Notes on vaccination in the North-West Frontier Province 1923-1928 - 1923-1928
Year: 1923
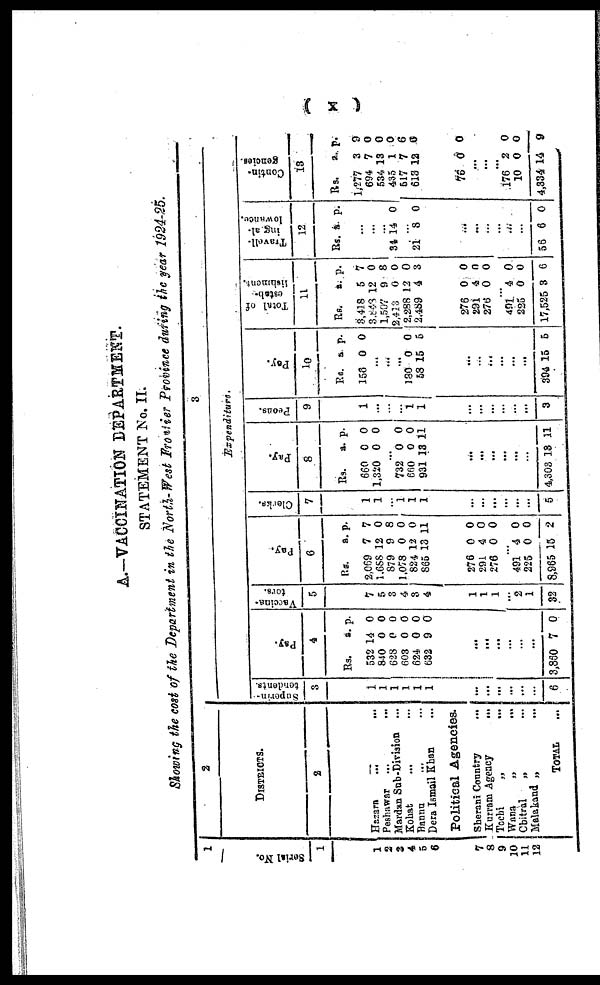
( x )
A.—VACCINATION DEPARTMENT.
STATEMENT No. II.
Showing the cost of the Department in the North-West Frontier Province during the year 1924-25.
1
Serial
No.
1
1
2
3
4
5
6
7
8
9
10
11
12
2
DISTRICTS.
2
Hazara
... ...
Peshawar ... ...
Mardan Sub-Division ...
Kohat ... ...
Bannu ... ...
Dera Ismail Khan ...
Political Agencies.
Sherani Country
...
Kurram Agency
...
Tochi
„ ...
Wana
„
...
Chitral
„ ...
Malakand „
...
TOTAL ...
3
Expenditure.
Superin¬
tendents.
3
1
1
1
1
1
1
...
...
...
...
...
...
6
Pay.
4
Rs.
532
840
628
603
624
632
a.
14
0
0
0
0
9
p.
0
0
0
0
0
0
...
...
...
...
...
...
3,860 7 0
Vaccina¬
tors.
5
7
5
3
4
3
4
1
1
1
...
2
1
32
Pay.
6
Rs.
2,069
1,688
879
1,078
824
865
a.
7
12
9
0
12
13
p.
7
0
8
0
0
11
276
291
276
0
4
0
0
0
0
...
491
225
8,965
4
0
15
0
0
2
Clerks.
7
1
1
...
1
1
1
...
...
...
...
...
...
5
Pay.
8
Rs.
660
1,320
a.
0
0
p.
0
0
...
732
660
931
0
0
13
0
0
11
...
...
...
...
...
...
4,303 13 11
Peons.
9
1
...
...
...
1
1
...
...
...
...
...
...
3
Pay.
10
Rs.
158
a.
0
p.
0
...
...
...
130
58
0
15
0
5
...
...
...
...
...
...
394 15 5
Total of
estab¬
lishment.
11
Rs.
3,418
3,843
1,507
2,413
2,288
2,489
a.
5
12
9
0
12
4
p.
7
0
8
0
0
3
276
291
276
0
4
0
0
0
0
...
491
225
17,525
4
0
3
0
0
6
Travell¬
ing al¬
lowance.
12
Rs. a. p.
...
...
...
34 14 0
...
21 8 0
...
...
...
...
...
...
56 6 0
Contin¬
gencies.
13
Rs.
1,277
694
534
435
517
613
a.
3
7
13
1
7
12
p.
9
0
0
0
6
0
76 0 0
...
...
...
176
10
4,334
2
0
14
0
0
9